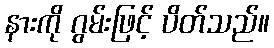
နားကို ဂွမ်းဖြင့် ပိတ်သည်။